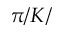
\pi / K /